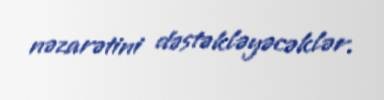
nəzarətini dəstəkləyəcəklər.